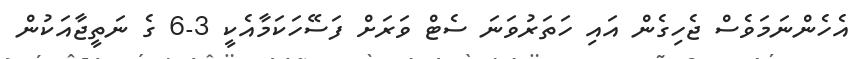
އެހެންނަމަވެސް ޖެހިގެން އައި ހަތަރުވަނަ ސެޓް ވަރަށް ފަސޭހަކަމާއެކީ 3-6 ގެ ނަތީޖާއަކުން